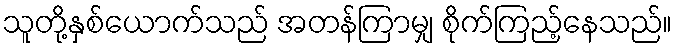
သူတို့နှစ်ယောက်သည် အတန်ကြာမျှ စိုက်ကြည့်နေသည်။